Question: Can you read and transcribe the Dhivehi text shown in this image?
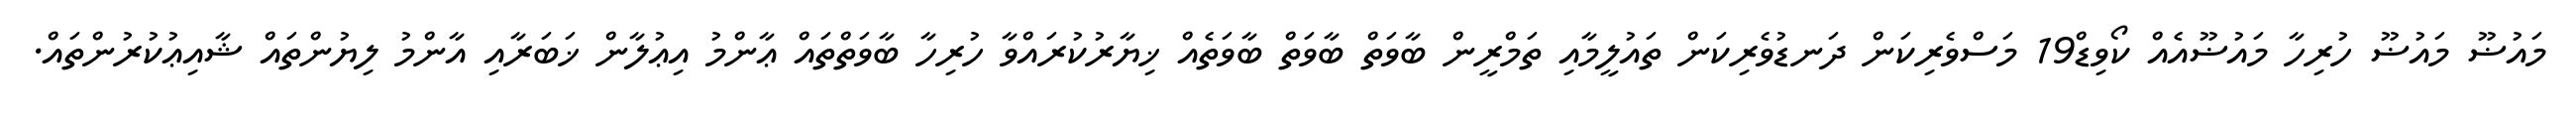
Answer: މައުޟޫ މައުޟޫ ހުރިހާ މައުޟޫއެއް ކޯވިޑް19 މަސްވެރިކަން ދަނޑުވެރިކަން ތައުލީމާއި ތަމްރީން ބާވަތް ބާވަތް ބާވަތެއް ޚިޔާރުކުރައްވާ ހުރިހާ ބާވަތްތައް ޢާންމު އިޢުލާން ޚަބަރާއި އާންމު ލިޔުންތައް ޝާއިޢުކުރުންތައް.